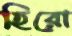
হিরো